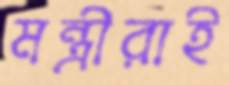
মন্ত্রীরাই